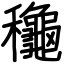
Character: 龝